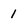
Character: 1